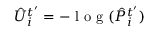
\hat { U } _ { i } ^ { t ^ { \prime } } = - \mathrm { ~ l ~ o ~ g ~ } ( \hat { P } _ { i } ^ { t ^ { \prime } } )